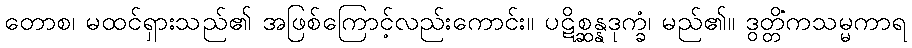
တောစ၊ မထင်ရှားသည်၏ အဖြစ်ကြောင့်လည်းကောင်း။ ပဋိစ္ဆန္နဒုက္ခံ၊ မည်၏။ ဒွတ္တိံကသမ္မကာရ